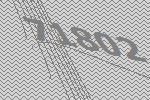
71802